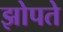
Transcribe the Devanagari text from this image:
झोपते